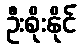
ဦးစိုးနိုင်